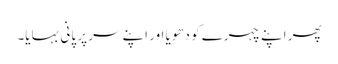
پھر اپنے چہرے کو دھویا اور اپنے سر پر پانی بہایا۔